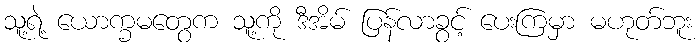
သူ့ရဲ့ ယောက္ခမတွေက သူ့ကို ဒီအိမ် ပြန်လာခွင့် ပေးကြမှာ မဟုတ်ဘူး